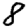
Digit: 8